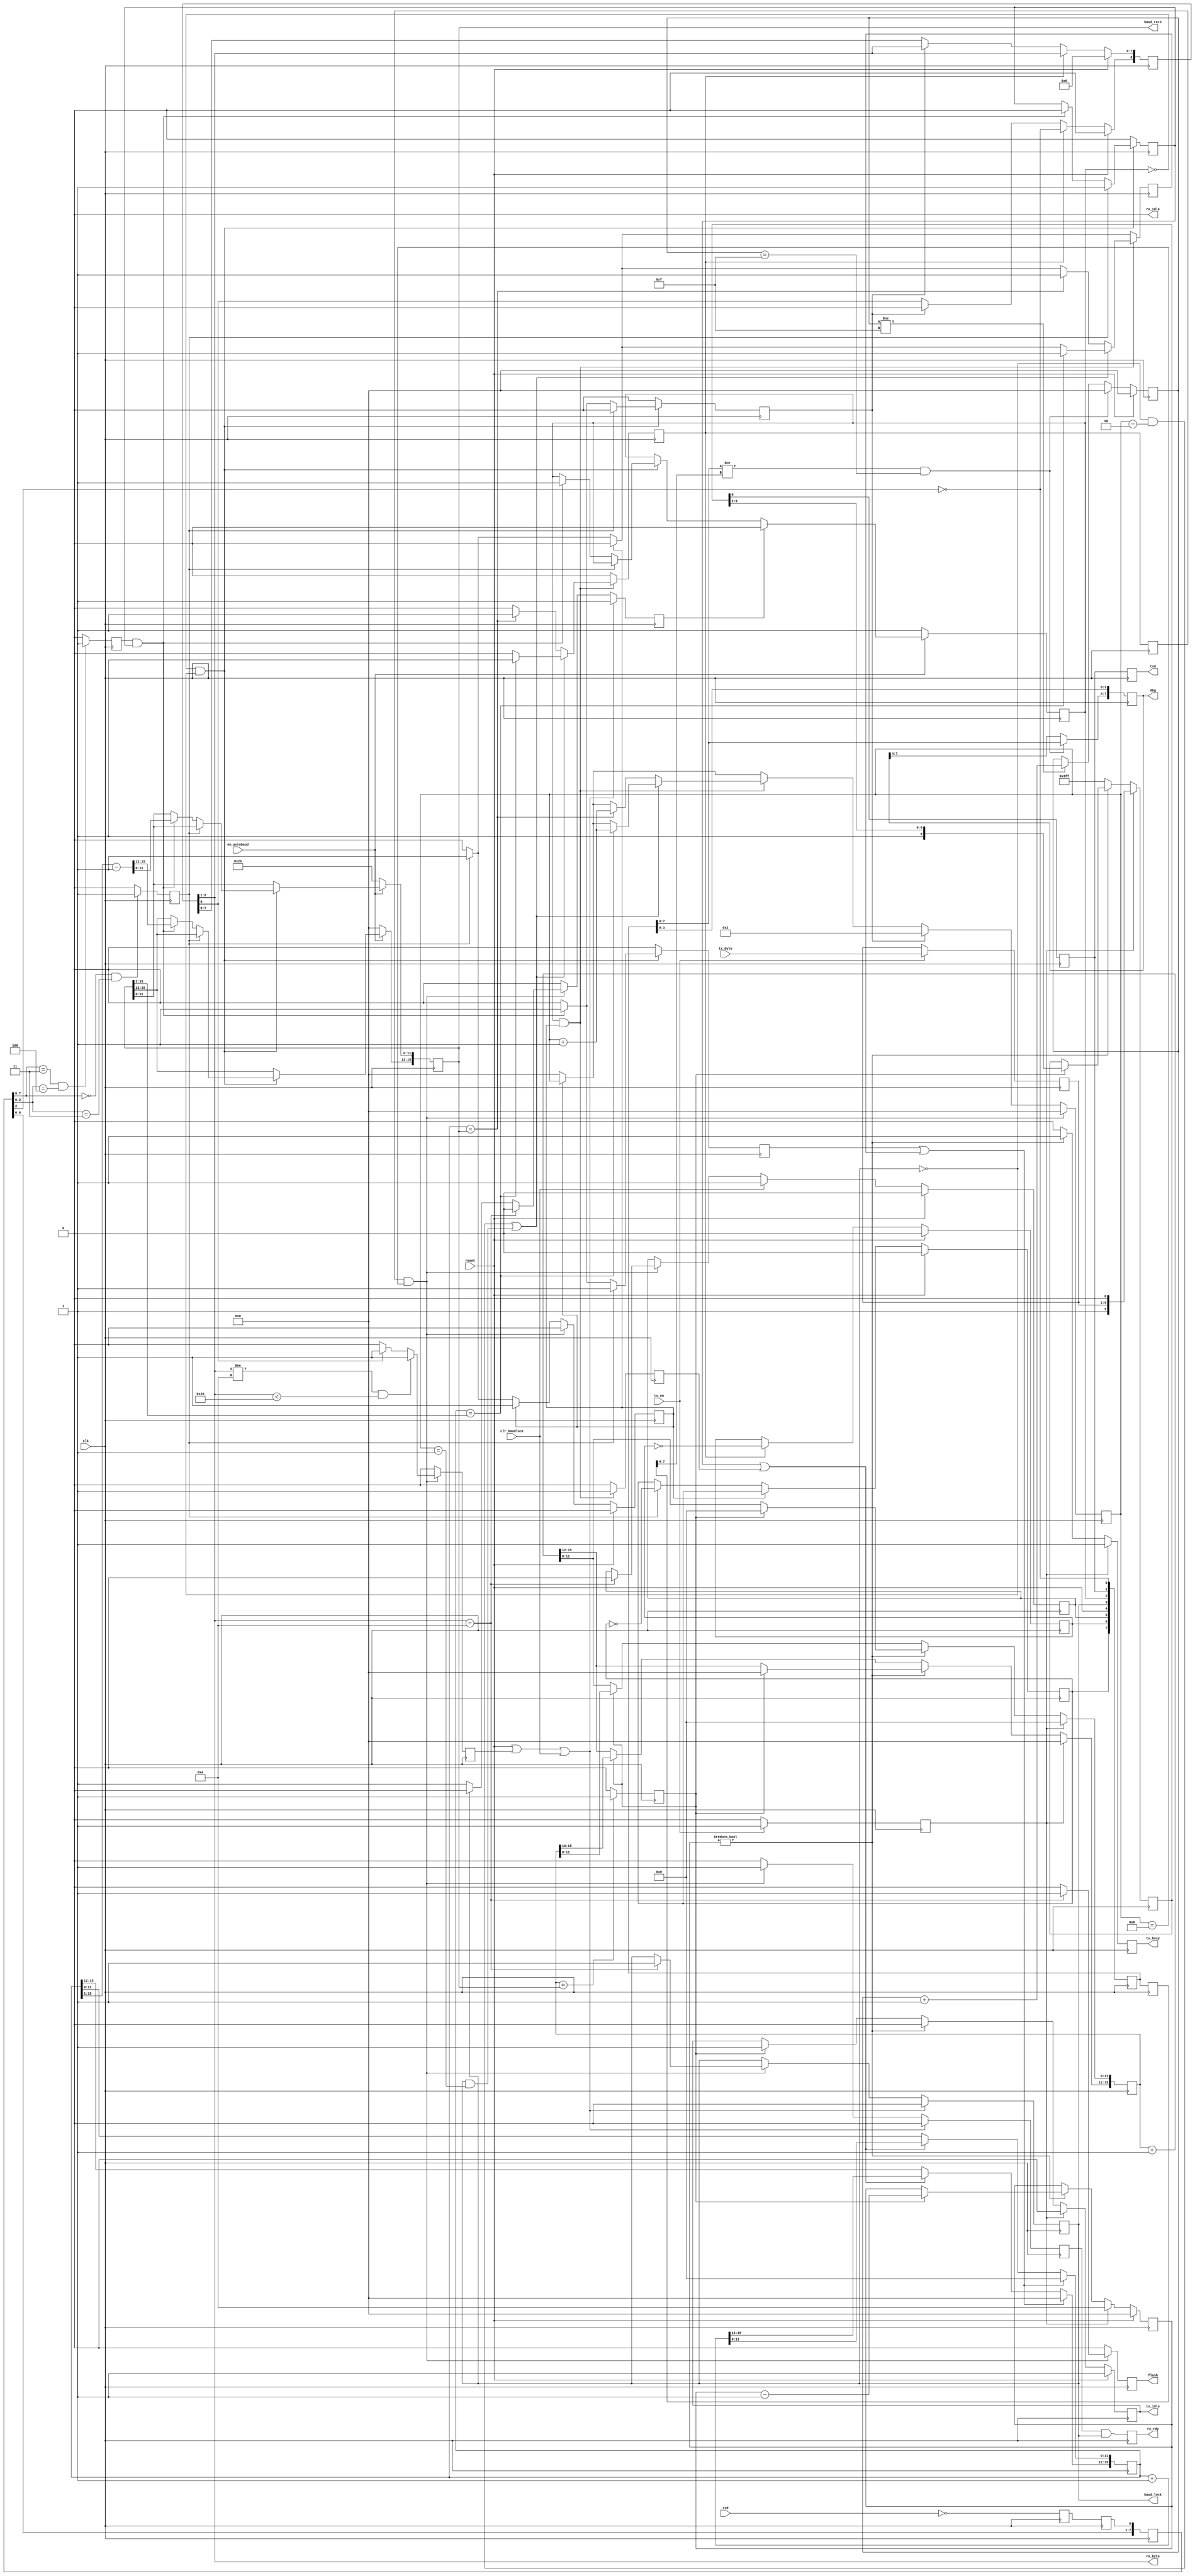
/* ****************************************************************************
-- (C) Copyright 2015 Black Mesa Labs
-- Source file: mesa_uart.v                
-- Date:        June 1, 2015   
-- Author:      khubbard
-- Description: A UART that autobauds to first "\n" 0x0A character.
-- Language:    Verilog-2001 
--
-- RXD    \START/<D0><D1><D2><..><D7>/STOP
-- Design Statistics after Packing
-- en_clr_lock = 1;
--    Number of LUTs  : 190 / 384
--    Number of DFFs  : 110 / 384
--
-- Revision History:
-- Ver#  When      Who      What
-- ----  --------  -------- ---------------------------------------------------
-- 0.1   06.01.15  khubbard Creation
-- 0.2   08.18.16  khubbard rx_sr[2:0] fix for metastable sampling issue.
-- ***************************************************************************/
//`default_nettype none // Strictly enforce all nets to be declared
                                                                                
module mesa_uart
(
  input  wire         reset,
  input  wire         clk,
  input  wire         clr_baudlock,
  input  wire         en_autobaud,
  input  wire         rxd,
  output wire         flush,
  output reg          txd,
  output reg  [7:0]   dbg,
  output wire [7:0]   rx_byte,
  output reg          rx_rdy,
  input  wire [7:0]   tx_byte,
  input  wire         tx_en,
  output reg          tx_busy,
  output reg          tx_idle,
  output wire         rx_idle,
  output wire [15:0]  baud_rate,
  output wire         baud_lock
); // module mesa_uart


  reg  [8:0]    rx_byte_sr;
  reg  [3:0]    rx_bit_cnt;
  reg  [3:0]    tx_bit_cnt;
  reg           sample_now;
  reg           sample_now_p1;
  reg           rxd_meta;
  reg           rxd_loc;
  wire          rxd_sample;
  reg  [7:0]    rxd_sr;
  reg           clr_bit_lock;
  reg           dbg_sample_togl;
  reg           dbg_sample_togl_p1;
  reg           dbg_byte_togl;
  reg           clr_jk;
  reg           bad_jk;
  reg           bit_lock_jk;
  reg           bit_lock_jk_p1;
  reg           baud_lock_jk;
  reg           rx_byte_jk;
  reg           rx_byte_jk_p1;

  wire [7:0]    rx_byte_loc;
  reg  [15:0]   rx_cnt_16b;
  reg  [15:0]   tx_cnt_16b;
  reg  [15:0]   baud_rate_loc;
  reg           rx_cnt_16b_p1;
  reg           rx_cnt_16b_roll;
  reg           rx_start_a;
  reg           rx_start_b;
  reg           rx_cnt_en_a_jk;
  reg           rx_cnt_en_b;
  reg           rx_rdy_loc;
  reg           rx_rdy_pre;
  wire          en_loopback;
  wire          en_fast_autobaud;
  reg  [7:0]    tx_byte_loc;
  reg           tx_en_loc;
  reg  [9:0]    tx_sr;
  reg           txd_loc;
  reg           rxd_fal;
  reg           rxd_ris;
  reg  [7:0]    rxd_fal_sr;
  reg           tx_shift;
  reg           tx_now;
  reg           rx_ascii_cr;
  reg           rx_bad_symbol;
  reg  [7:0]    dbg_loc;
  reg  [7:0]    dbg_loc_p1;
  reg  [3:0]    dbg_cnt;
  reg           sample_first;


// Send RXD to TXD to test circuit
  assign en_loopback = 0;
  assign en_fast_autobaud = 0;
  assign rx_idle = 0;

// When baud_lock asserts, send "\n" to downstream nodes for detection
  assign baud_rate = baud_rate_loc[15:0];
  assign baud_lock = baud_lock_jk;

//-----------------------------------------------------------------------------
// Output some debug signals for Saleae. Pulse extend short events
//-----------------------------------------------------------------------------
always @ ( posedge clk ) begin : proc_dbg
 begin
// dbg_loc[0] <= ~ rxd_meta;
   dbg_loc[0] <= rxd_sample;
   dbg_loc[1] <= txd_loc;
   dbg_loc[2] <= bit_lock_jk;
   dbg_loc[3] <= baud_lock_jk;
// dbg_loc[4] <= sample_now;
   dbg_loc[4] <= reset;
// dbg_loc[5] <= rx_rdy_loc;
   dbg_loc[5] <= clr_jk;
   dbg_loc[6] <= dbg_sample_togl;
   dbg_loc[7] <= dbg_byte_togl;
// dbg_loc[7] <= bad_jk;
// dbg_loc[7] <= rx_ascii_cr;
   dbg_loc_p1 <= dbg_loc[7:0];

   // Extend transitions for Saleae
   if ( dbg_cnt != 4'hF ) begin
     dbg_cnt <= dbg_cnt + 1;
   end

   if ( dbg_loc[7:4] != dbg_loc_p1[7:4] && dbg_cnt == 4'hF ) begin
     dbg     <= dbg_loc[7:0];
     dbg_cnt <= 4'h0;
   end
   if ( reset == 1 ) begin
     dbg_cnt <= 4'h0;
   end

   dbg[0] <= dbg_loc[0];
   dbg[1] <= dbg_loc[1];
   dbg[2] <= dbg_loc[2];
   dbg[3] <= dbg_loc[3];

 end 
end // proc_din


//-----------------------------------------------------------------------------
// Asynchronous sampling of RXD into 4 bit Shift Register
// Note: RXD is immediately inverted to prevent runt '0's from pipeline 
// being detected as start bits. FPGA Flops powerup to '0', so inverting fixes.
//-----------------------------------------------------------------------------
always @ ( posedge clk ) begin : proc_din
 begin
   rxd_meta    <= ~ rxd;// Note Inversion to prevent runt post config
   rxd_loc     <= rxd_meta;
// rxd_sr[7:0] <= { rxd_sr[6:0], rxd_meta };
   rxd_sr[7:0] <= { rxd_sr[6:0], rxd_loc  };
   rxd_fal <= 0;
   rxd_ris <= 0;

// if ( rxd_sr[3:0] == 4'b0001 ) begin      
// if ( rxd_sr[2:0] == 3'b001 ) begin      
// if ( rxd_sr[2:0] == 3'b011 ) begin      
   if ( rxd_sr[7:6] == 2'b00 && rxd_sr[2:0] == 3'b011 ) begin      
     rxd_fal <= 1;
   end 
// if ( rxd_sr[3:0] == 4'b1110 ) begin      
// if ( rxd_sr[2:0] == 3'b110 ) begin      
// if ( rxd_sr[2:0] == 3'b100 ) begin      
   if ( rxd_sr[7:6] == 2'b11 && rxd_sr[2:0] == 3'b100 ) begin      
     rxd_ris <= 1;
   end 

 end 
end // proc_din
  assign rxd_sample = ~ rxd_sr[2];


//-----------------------------------------------------------------------------
// 16bit Counter used for both rx_start_bit width count and sample count
//-----------------------------------------------------------------------------
always @ ( posedge clk ) begin : proc_cnt
 begin

  if ( rx_start_a == 1 || rx_start_b == 1 ) begin
    rx_cnt_16b <= 16'd0;
  end else if ( rx_cnt_en_a_jk == 1 || 
                rx_cnt_en_b    == 1    ) begin
    rx_cnt_16b <= rx_cnt_16b + 1;
  end

  if ( en_fast_autobaud == 1 ) begin
    rx_cnt_16b[15:12] <= 4'd0;
    rx_cnt_16b_p1    <= rx_cnt_16b[11];
    rx_cnt_16b_roll  <= rx_cnt_16b_p1 & ~ rx_cnt_16b[11];
  end else begin
    rx_cnt_16b_p1    <= rx_cnt_16b[15];
    rx_cnt_16b_roll  <= rx_cnt_16b_p1 & ~ rx_cnt_16b[15];
  end

 end
end // proc_cnt



//-----------------------------------------------------------------------------
// Autobaud off "\n" character. Tricky, as both start bit at D0 are 0.
// When there is no bit_lock, look for falling edge of RXD and count width of 
// StartBit and the 1st '0' of 0xA "\n" "01010000". 
// bit_lock remains on unless we don't get baud_lock 
// bit_lock  == Think we know where to sample each symbol.
// baud_lock == We sampled 8 symbols and got 0x0A or "\n"
//-----------------------------------------------------------------------------
always @ ( posedge clk ) begin : proc_s1 
 begin
  sample_first   <= 0;
  rx_start_a     <= 0;
  bit_lock_jk_p1 <= bit_lock_jk;
  if ( bit_lock_jk == 0 && baud_lock_jk == 0 ) begin
    if ( rxd_fal == 1 ) begin
      rx_start_a     <= 1;
      rx_cnt_en_a_jk <= 1;
    end else if ( rxd_ris == 1 && rx_cnt_en_a_jk == 1 ) begin
//    baud_rate_loc  <= { 1'b0, rx_cnt_16b[15:1] };// Div2 Shift
      baud_rate_loc  <= { 1'b0, rx_cnt_16b[15:1] } - 16'd1;// Div2 Shift
      bit_lock_jk    <= 1;
      rx_start_a     <= 1;
      rx_cnt_en_a_jk <= 0;
      sample_first   <= 1;
    end
  end else begin
    rx_cnt_en_a_jk <= 0;
  end

  if (   clr_bit_lock == 1 ) begin
    bit_lock_jk <= 0;
  end

  if ( en_fast_autobaud == 1 ) begin
    baud_rate_loc[15:12] <= 4'd0;
  end

  if ( en_autobaud == 0 ) begin
    baud_rate_loc <= 16'd43;
    bit_lock_jk   <= 1;
  end

 end
end // proc_s1 
  assign flush = rx_ascii_cr;


//-----------------------------------------------------------------------------
// Decode the character bytes
//-----------------------------------------------------------------------------
always @ ( posedge clk ) begin : proc_s3 
 begin
   rx_ascii_cr   <= 0;
   rx_bad_symbol <= 0;
   clr_bit_lock  <= 0; 
   rx_rdy_loc    <= 0;
   rx_rdy        <= rx_rdy_loc & baud_lock_jk;

   // Assert baud_lock if 1st char is "\n" else clear and start over.
   if ( sample_now_p1  == 1 && rx_bit_cnt == 4'd9 ) begin
     if ( rx_byte_loc[7:0] == 8'h0a ) begin
       baud_lock_jk <= 1;
       rx_ascii_cr  <= 1;
       clr_jk <= 0;
       bad_jk <= 0;
     end else if ( baud_lock_jk == 0 ) begin
       clr_bit_lock <= 1;
     end
     // Only expect ASCII 0x20 - 0x7F, detect 0x80+ as bad and clear baud lock
     if ( rx_byte_loc[7] == 1 ) begin     
       rx_bad_symbol <= 1;
     end
     // Only expect ASCII 0x20 - 0x7F, detect under 0x20 and clear baud lock
     if ( rx_byte_loc != 8'h0A && rx_byte_loc < 8'h20 ) begin
       rx_bad_symbol <= 1;
     end
   end

   // Grab received byte after last bit received
   if ( sample_now_p1  == 1 && rx_bit_cnt == 4'd9 ) begin
     rx_rdy_loc <= 1;
   end

   if ( reset == 1 || rx_bad_symbol == 1 || clr_baudlock == 1 ) begin
     baud_lock_jk <= 0;
     clr_bit_lock <= 1;
     rx_rdy_loc   <= 0;
   end

// if ( dbg_sample_togl != dbg_sample_togl_p1 ) begin
//   clr_jk <= 0;
//   bad_jk <= 0;
// end
   if ( rx_bad_symbol == 1 ) begin
     bad_jk <= 1;
   end 
   if ( clr_baudlock == 1 ) begin
     clr_jk <= 1;
   end 
   if ( reset == 1 ) begin
     clr_jk <= 0;
     bad_jk <= 0;
   end
   

 end
end // proc_s3 

  assign rx_byte_loc = rx_byte_sr[8:1];
  assign rx_byte     = rx_byte_sr[8:1];


//-----------------------------------------------------------------------------
// look for falling edge of rx_start_bit and count 1/2 way into bit and sample
//-----------------------------------------------------------------------------
always @ ( posedge clk ) begin : proc_s2 
 begin
  tx_en_loc     <= 0;
  sample_now    <= 0;
  rx_start_b    <= 0;
  rx_cnt_en_b   <= 0;
  rx_byte_jk_p1    <= rx_byte_jk;
  sample_now_p1 <= sample_now;
  dbg_sample_togl_p1 <= dbg_sample_togl;

  if ( rx_byte_jk == 0 ) begin
    rx_bit_cnt <= 4'd0;
    if ( rxd_fal == 1 ) begin
      rx_start_b <= 1;
      rx_byte_jk <= 1;// Starting a new Byte
      dbg_byte_togl <= ~dbg_byte_togl;
    end
  end

  // When to start sample_now is tricky as for bit_lock, it is 1/2 baud into
  // the D1 data bit of \n, after lock, it is 1/2 baud into D0 data bit.
  // cnt=0 is StartBit, cnt=1 is D0, cnt=2 is D1
  if ( bit_lock_jk == 1 && rx_byte_jk == 1 ) begin
    rx_cnt_en_b  <= 1;
    if ( 
         ( baud_lock_jk == 0 && rx_bit_cnt == 4'd2 ) ||
         ( baud_lock_jk == 1 && rx_bit_cnt == 4'd1 )    ) begin
      // Div-2 baud count to sample middle of eye
      if ( rx_cnt_16b[15:0] == { 1'b0, baud_rate_loc[15:1] } ) begin
        rx_bit_cnt <= rx_bit_cnt + 1;
        rx_start_b <= 1;
        sample_now <= 1;
      end
    end else if ( rx_cnt_16b[15:0] == baud_rate_loc[15:0] ) begin
      rx_bit_cnt <= rx_bit_cnt + 1;
      rx_start_b <= 1;
      sample_now <= 1;
    end
  end

  //  Assume "\n" and stuff the 1st 0 since it already flew by
  if ( sample_first == 1 ) begin
    rx_bit_cnt <= 4'd2;
    rx_byte_sr[8]   <= 0;
    rx_byte_sr[7:0] <= rx_byte_sr[8:1];
  end

  if ( sample_now == 1 ) begin
    rx_byte_sr[8]   <= rxd_sample;
    rx_byte_sr[7:0] <= rx_byte_sr[8:1];
    dbg_sample_togl <= ~dbg_sample_togl;
  end

  if ( sample_now_p1 == 1 && rx_bit_cnt == 4'd9  ) begin
    rx_byte_jk <= 0;
    rx_bit_cnt <= 4'd0;
  end

  if ( rx_rdy_loc == 1 && baud_lock_jk == 1 && en_loopback == 1 ) begin
    tx_byte_loc <= rx_byte_loc[7:0];  
    tx_en_loc   <= 1;
  end else if ( tx_en == 1 ) begin
    tx_byte_loc <= tx_byte[7:0];  
    tx_en_loc   <= 1;
  end

  if ( reset == 1 ) begin
    rx_byte_jk <= 0;
    rx_byte_sr[8:0] <= 9'd0;
    dbg_sample_togl <= 0;
    dbg_byte_togl <= 0;
  end

 end
end // proc_s2 


//-----------------------------------------------------------------------------
// TX : Load 8bits into 10bit SR and shift out at the RX baud rate    
//-----------------------------------------------------------------------------
always @ ( posedge clk ) begin : proc_tx 
 begin
  tx_shift <= 0;
  tx_busy  <= 0;
  txd      <= txd_loc;
  txd_loc  <= tx_sr[0];
  tx_now   <= 0;

  // Load a new Byte to send
  if ( tx_en_loc == 1 ) begin
    tx_bit_cnt <= 4'd10;
    tx_cnt_16b <= 16'h0000;
    tx_idle    <= 0;
    tx_busy    <= 1;
    tx_shift   <= 1;
    tx_sr[9:0] <= { 1'b1, tx_byte_loc[7:0], 1'b0 };

  // Shift and send the byte until bit_cnt goes to 0
  end else if ( tx_bit_cnt != 4'd0 ) begin
    tx_cnt_16b <= tx_cnt_16b + 1;
    tx_busy    <= 1;
    tx_idle    <= 0;
    if ( tx_now == 1 ) begin
      tx_shift   <= 1;
      tx_bit_cnt <= tx_bit_cnt[3:0] - 1;
      tx_cnt_16b <= 16'h0000;
      tx_sr[9:0] <= { 1'b1, tx_sr[9:1] };
    end
  end else begin
    tx_sr <= 10'H3FF;
    if ( tx_now == 1 ) begin
      tx_idle <= 1;
    end else begin
      tx_cnt_16b <= tx_cnt_16b + 1;
    end
  end

  if ( tx_cnt_16b[15:0] == baud_rate_loc[15:0] ) begin
    tx_now <= 1;
  end

  if ( reset == 1 ) begin
    tx_bit_cnt <= 4'd0;
    tx_idle    <= 1;
  end

  if ( en_fast_autobaud == 1 ) begin
    tx_cnt_16b[15:12] <= 4'd0;
  end

 end
end // proc_tx


endmodule // mesa_uart